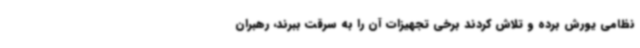
نظامی یورش برده و تلاش کردند برخی تجهیزات آن را به سرقت ببرند، رهبران